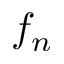
f _ { n }